Lock hospitals Punjab
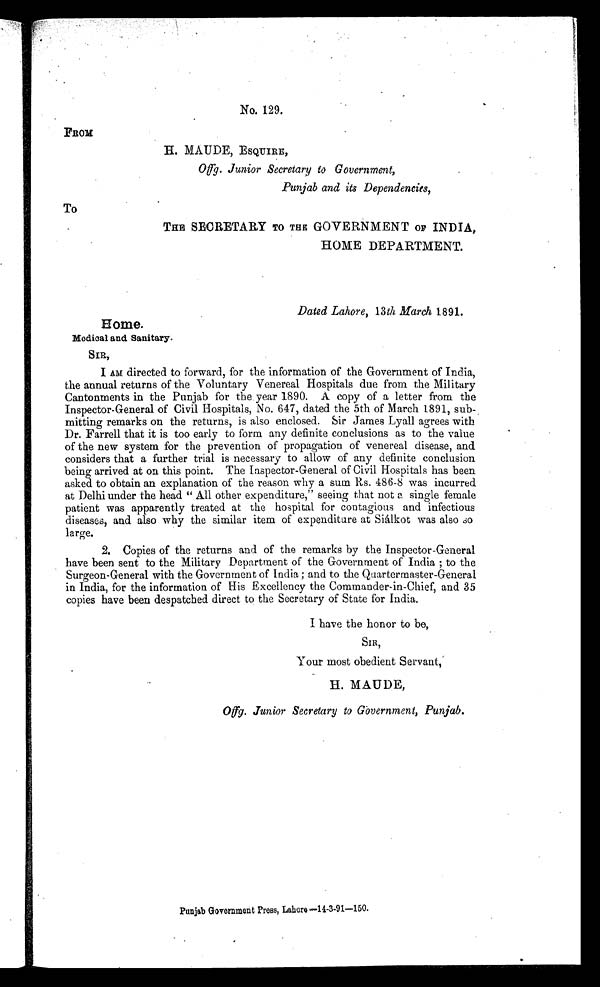
No. 129.
FROM
H. MAUDE, E SQUIRE ,
Offg. Junior Secretary to Government,
Punjab and its Dependencies,
TO
THE SECRETARY TO THE GOVERNMENT OF INDIA,
HOME DEPARTMENT.
Dated Lahore, 13 th March 1891.
Home.
Medical and Sanitary.
S
I R ,
I AM directed to forward, for the information of the Government of India,
the annual returns of the Voluntary Venereal Hospitals due from the Military
Cantonments in the Punjab for the year 1890. A copy of a letter from the
Inspector-General of Civil Hospitals, No. 647, dated the 5th of March 1891, sub-
mitting remarks on the returns, is also enclosed. Sir James Lyall agrees with
Dr. Farrell that it is too early to form any definite conclusions as to the value
of the new system for the prevention of propagation of venereal disease, and
considers that a further trial is necessary to allow of any definite conclusion
being arrived at on this point. The Inspector-General of Civil Hospitals has been
asked to obtain an explanation of the reason why a sum Rs. 486-8 was incurred
at Delhi under the head “All other expenditure,” seeing that not a single female
patient was apparently treated at the hospital for contagious and infectious
diseases, and also why the similar item of expenditure at Siálkot was also so
large.
2. Copies of the returns and of the remarks by the Inspector-General
have been sent to the Military Department of the Government of India ; to the
Surgeon-General with the Government of India ; and to the Quartermaster-General
in India, for the information of His Excellency the Commander-in-Chief, and 35
copies have been despatched direct to the Secretary of State for India.
I have the honor to be,
SIR,
Your most obedient Servant,
H. MAUDE,
O f f g . J u n i o r S e c r e t a r y t o G o v e r n m e n t , P u n j a b .
Punjab Government Press, Lahore-14-3-91-150.